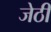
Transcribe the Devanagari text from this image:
जेठी